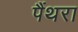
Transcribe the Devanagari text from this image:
पैंथरा